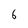
Character: 6